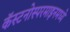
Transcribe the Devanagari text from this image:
कॅस्टनोस्परमाइनमध्ये